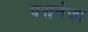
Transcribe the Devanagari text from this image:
पद्मनेत्रा